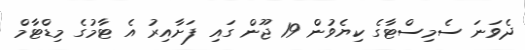
ދެވަނަ ސެމިސްޓާގެ ކިޔެވުން 19 ޖޫން ގައި ފަށާއިރު އެ ޓާމުގެ މިޑްޓާމް